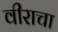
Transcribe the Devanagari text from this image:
वीराचा